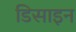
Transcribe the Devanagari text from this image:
डिसाइन